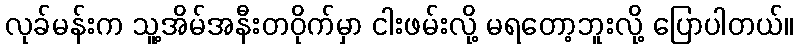
လုခ်မန်းက သူ့အိမ်အနီးတဝိုက်မှာ ငါးဖမ်းလို့ မရတော့ဘူးလို့ ပြောပါတယ်။